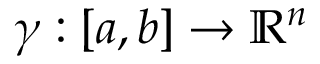
\gamma : [ a , b ] \rightarrow \mathbb { R } ^ { n }